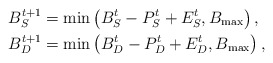
\begin{align*}B_{S}^{t+1} & = \min \left( B_{S}^{t} - P_{S}^{t} + E_{S}^{t}, B_{\max} \right), \\ B_{D}^{t+1} & = \min \left( B_{D}^{t} - P_{D}^t + E_{D}^{t}, B_{\max} \right),\end{align*}